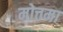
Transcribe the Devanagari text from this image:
मोत्तमा